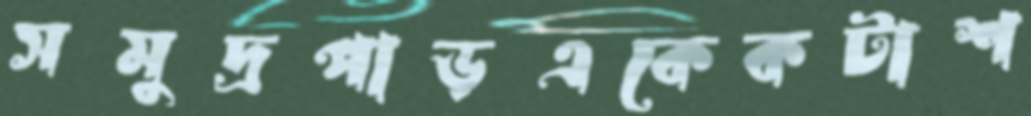
সমুদ্রপাড়একেকটাশ